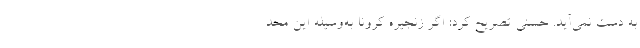
به دست نمی‌آید. حسنی تصریح کرد: اگر زنجیره کرونا به‌وسیله این محد